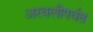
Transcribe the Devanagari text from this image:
अरवलीपर्वत